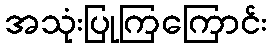
အသုံးပြုကြကြောင်း